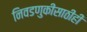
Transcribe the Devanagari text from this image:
निवडणुकीसाठीही